Second report of the anti-malarial operations at Mian Mir, 1901-1903 - Number 9
Year: 1901
Disease focus: Malaria
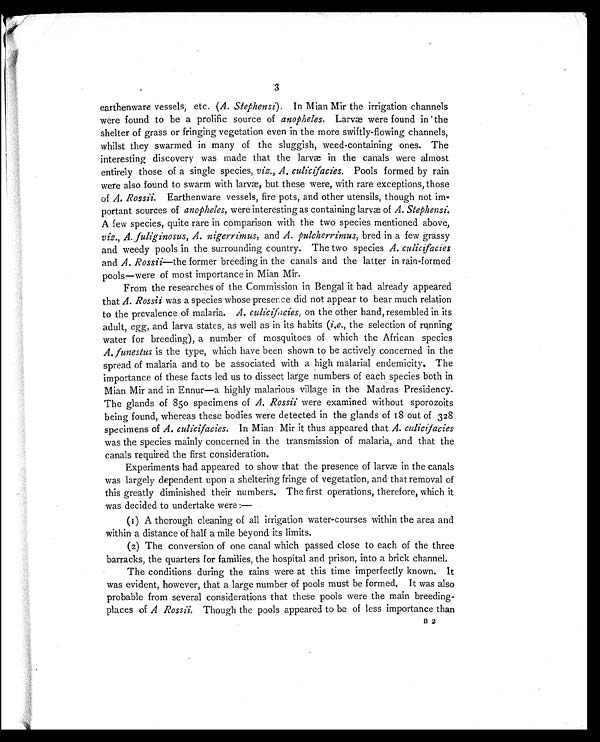
3
earthenware vessels, etc. ( A. Stephensi) . In Mian Mir the irrigation channels
were found to be a prolific source of anopheles. La r v æ we r e f o u n d i n t h e
shelter of grass or fringing vegetation even in the more swiftly-flowing channels,
whilst they swarmed in many of the sluggish, weed-containing ones. The
interesting discovery was made that the larvæ in the canals were almost
entirely those of a single species, viz., A. culicifacies.P o o l s f o r m e d b y r a i n
were also found to swarm with larvæ, but these were, with rare exceptions, those
of A. Rossii. Earthenware vessels, fire pots, and other utensils, though not im-
portant sources of anopheles, were interesting as containing larvæ of A. Stephensi.
A few species, quite rare in comparison with the two species mentioned above,
viz., A. fuliginosus, A. nigerrimus, and A. pulcherrimus, bred in a few grassy
and weedy pools in the surrounding country. The two species A. culicifacies
and A. Rossii—the former breeding in the canals and the latter in rain-formed
pools—were of most importance in Mian Mir.
From the researches of the Commission in Bengal it had already appeared
that A. Rossii was a species whose presence did not appear to bear much relation
to the prevalence of malaria. A. culicifacies, on the other hand, resembled in its
adult, egg, and larva states, as well as in its habits ( i.e., the selection of running
water for breeding), a number of mosquitoes of which the African species
A. funestus is the type, which have been shown to be actively concerned in the
spread of malaria and to be associated with a high malarial endemicity. The
importance of these facts led us to dissect large numbers of each species both in
Mian Mir and in Ennur—a highly malarious village in the Madras Presidency.
The glands of 850 specimens of A. Rossii were examined without sporozoits
being found, whereas these bodies were detected in the glands of 18 out of 328
specimens of A. culicifacies. In Mian Mir it thus appeared that A. culicifacies
was the species mainly concerned in the transmission of malaria, and that the
canals required the first consideration.
Experiments had appeared to show that the presence of larvæ in the canals
was largely dependent upon a sheltering fringe of vegetation, and that removal of
this greatly diminished their numbers. The first operations, therefore, which it
was decided to undertake were:—
(1) A thorough cleaning of all irrigation water-courses within the area and
within a distance of half a mile beyond its limits.
(2) The conversion of one canal which passed close to each of the three
barracks, the quarters for families, the hospital and prison, into a brick channel.
The conditions during the rains were at this time imperfectly known. It
was evident, however, that a large number of pools must be formed. It was also
probable from several considerations that these pools were the main breeding-
places of A Rossii. Though the pools appeared to be of less importance than
B 2